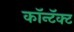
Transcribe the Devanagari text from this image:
कॉन्टॅक्ट